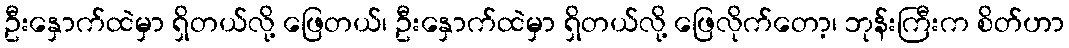
ဦးနှောက်ထဲမှာ ရှိတယ်လို့ ဖြေတယ်၊ ဦးနှောက်ထဲမှာ ရှိတယ်လို့ ဖြေလိုက်တော့၊ ဘုန်းကြီးက စိတ်ဟာ